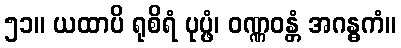
၅၁။ ယထာပိ ရုစိရံ ပုပ္ဖံ၊ ဝဏ္ဏဝန္တံ အဂန္ဓကံ။